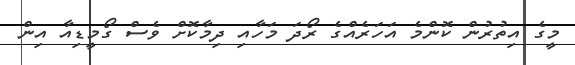
މީގެ އިތުރުން ކޮންމެ އަހަރެއްގެ ރޯދަ މަހާއި ދިމާކޮށް ވެސް ގޯމީޑިއާ އިން